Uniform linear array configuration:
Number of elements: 8
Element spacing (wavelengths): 0.5
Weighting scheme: hann
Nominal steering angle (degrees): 60
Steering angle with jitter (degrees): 60.664
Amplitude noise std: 0.05
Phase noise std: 0.05

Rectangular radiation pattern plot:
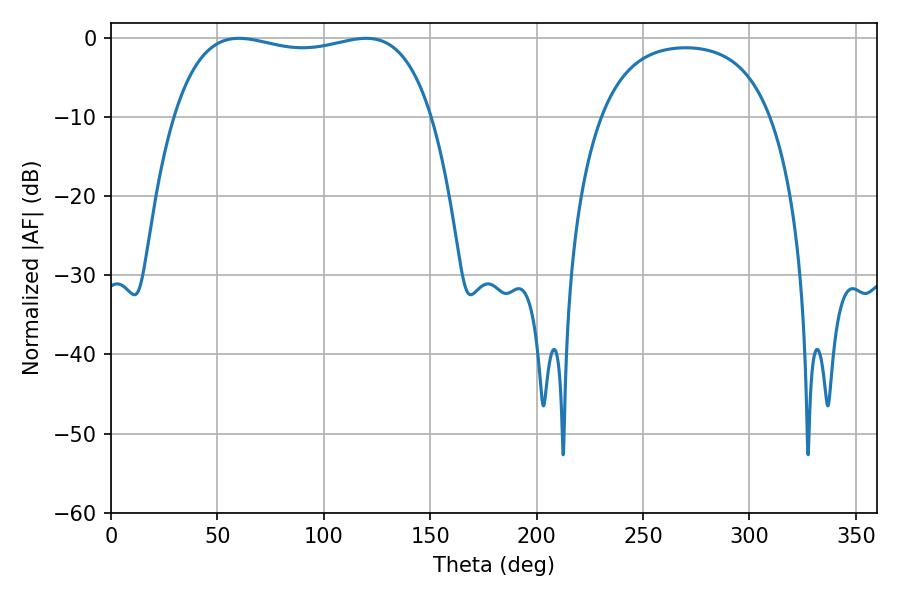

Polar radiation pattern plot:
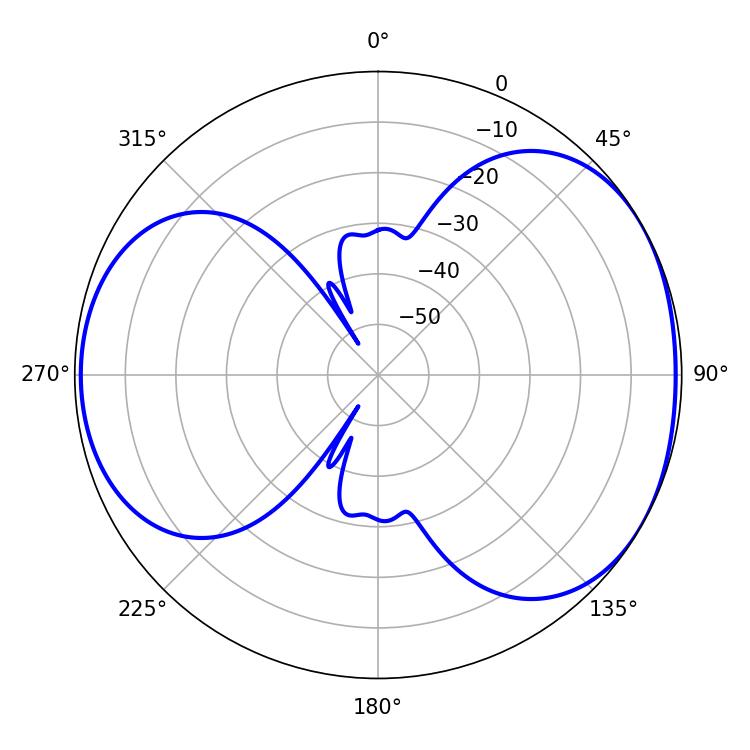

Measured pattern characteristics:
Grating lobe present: FALSE
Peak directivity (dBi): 4.636
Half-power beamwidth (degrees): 97.92
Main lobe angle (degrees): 60.12